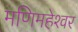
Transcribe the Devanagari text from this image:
मणिमहेश्‍वर